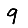
Digit: 9